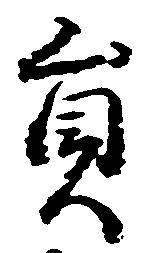
員